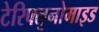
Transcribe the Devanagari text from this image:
टेरिफ्लुनोमाइड